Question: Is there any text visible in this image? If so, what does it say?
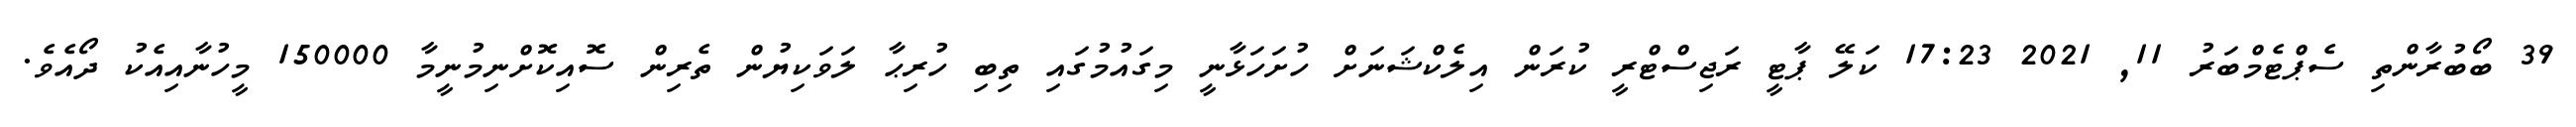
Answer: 39 ބޯބުރާންތި ސެޕްޓެމްބަރު 11, 2021 17:23 ކަލޭ ޕާޓީ ރަޖިސްޓްރީ ކުރަން އިލެކްޝަނަށް ހުށަހަޅާނީ މިގައުމުގައި ތިބި ހުރިޙާ ލަވަކިޔުން ތެރިން ސޮއިކޮށްނިމުނީމާ 150000 މީހުނާއިއެކު ދޯއެވެ.